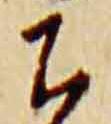
下